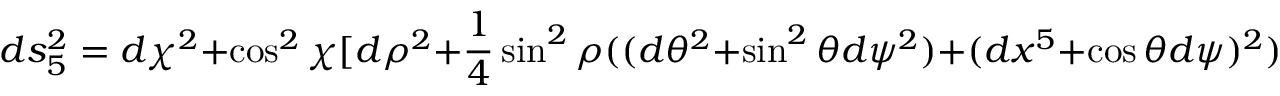
d s _ { 5 } ^ { 2 } = d \chi ^ { 2 } + \cos ^ { 2 } \chi [ d \rho ^ { 2 } + \frac { 1 } { 4 } \sin ^ { 2 } \rho ( ( d \theta ^ { 2 } + \sin ^ { 2 } \theta d \psi ^ { 2 } ) + ( d x ^ { 5 } + \cos \theta d \psi ) ^ { 2 } ) ] ,